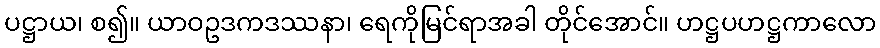
ပဋ္ဌာယ၊ စ၍။ ယာဝဥဒကဒဿနာ၊ ရေကိုမြင်ရာအခါ တိုင်အောင်။ ဟဋ္ဌပဟဋ္ဌကာလော